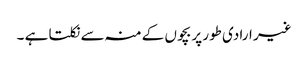
غیر ارادی طور پر بچوں کے منہ سے نکلتا ہے ۔